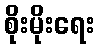
စိုးမိုးရေး